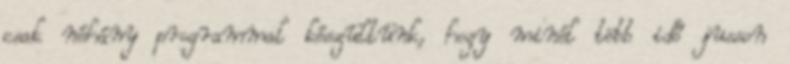
csak néhány programmal készültünk, hogy minél több idő jusson